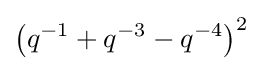
\left(q^{-1}+q^{-3}-q^{-4}\right)^{2}